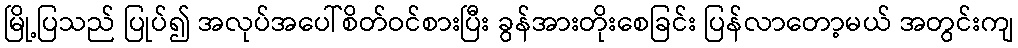
မြို့ပြသည် ပြုပ်၍ အလုပ်အပေါ်စိတ်ဝင်စားပြီး ခွန်အားတိုးစေခြင်း ပြန်လာတော့မယ် အတွင်းကျ